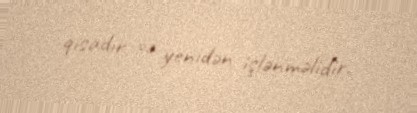
qısadır və yenidən işlənməlidir.